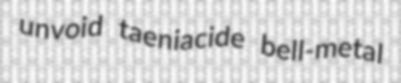
unvoid taeniacide bell-metal